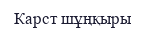
Карст шұңқыры